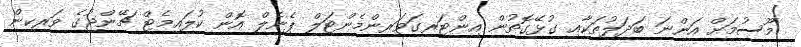
މޫސުމަށް އަންނަ ބަދަލުތަކާއި ގުޅޭގޮތުން އިންޓަރގަވަރންމެންޓަލް ޕެނެލް އޮން ކުލައިމެޓް ޗޭންޖުގެ ވަރކިން